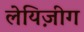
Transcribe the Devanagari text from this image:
लेयिज़ीग